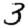
Digit: 3